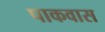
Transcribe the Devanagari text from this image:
पाकवास